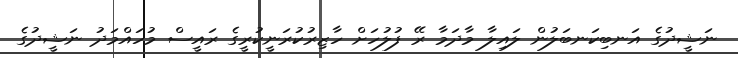
ނަޝީދުގެ އަނބިކަނބަލުން ލައިލާ މާދަމާ ރޭ ފުލުހަށް ހާޒިރުކުރަނީކުރީގެ ރައީސް މުހައްމަދު ނަޝީދުގެ